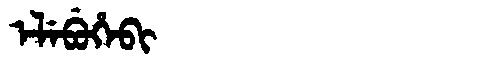
Manchu: ᡝᠯᡝᠪᡠᡥᡝᠪᡳ
Romanization: ELEBUHEBI